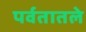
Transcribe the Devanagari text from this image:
पर्वतातले